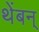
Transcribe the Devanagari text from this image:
थेंबन्